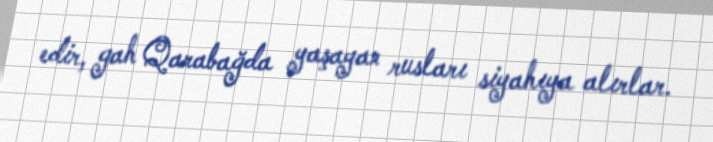
edir, gah Qarabağda yaşayan rusları siyahıya alırlar.